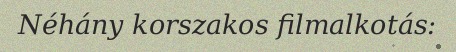
Néhány korszakos filmalkotás: